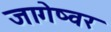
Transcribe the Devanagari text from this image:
जागेष्वर